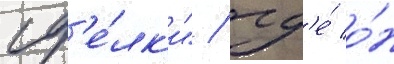
сд'е́лк'и" / гд'е́ о́н